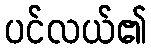
ပင်လယ်၏